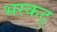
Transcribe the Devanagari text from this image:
भरकटू